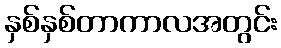
နှစ်နှစ်တာကာလအတွင်း